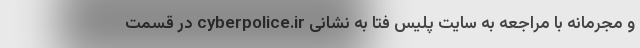
و مجرمانه با مراجعه به سایت پلیس فتا به نشانی cyberpolice.ir در قسمت